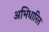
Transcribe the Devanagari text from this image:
अभिधारित